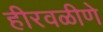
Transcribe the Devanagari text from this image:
हीरवळीणे